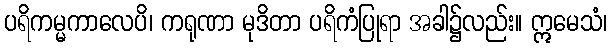
ပရိကမ္မကာလေပိ၊ ကရုဏာ မုဒိတာ ပရိကံပြုရာ အခါ၌လည်း။ ဣမေသံ၊